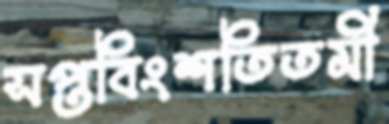
সপ্তবিংশতিতমী